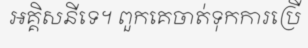
អគ្គិសនីទេ។ ពួកគេចាត់ទុកការប្រើ